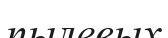
пылевых